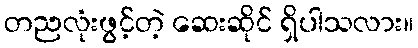
တညလုံးဖွင့်တဲ့ ဆေးဆိုင် ရှိပါသလား။